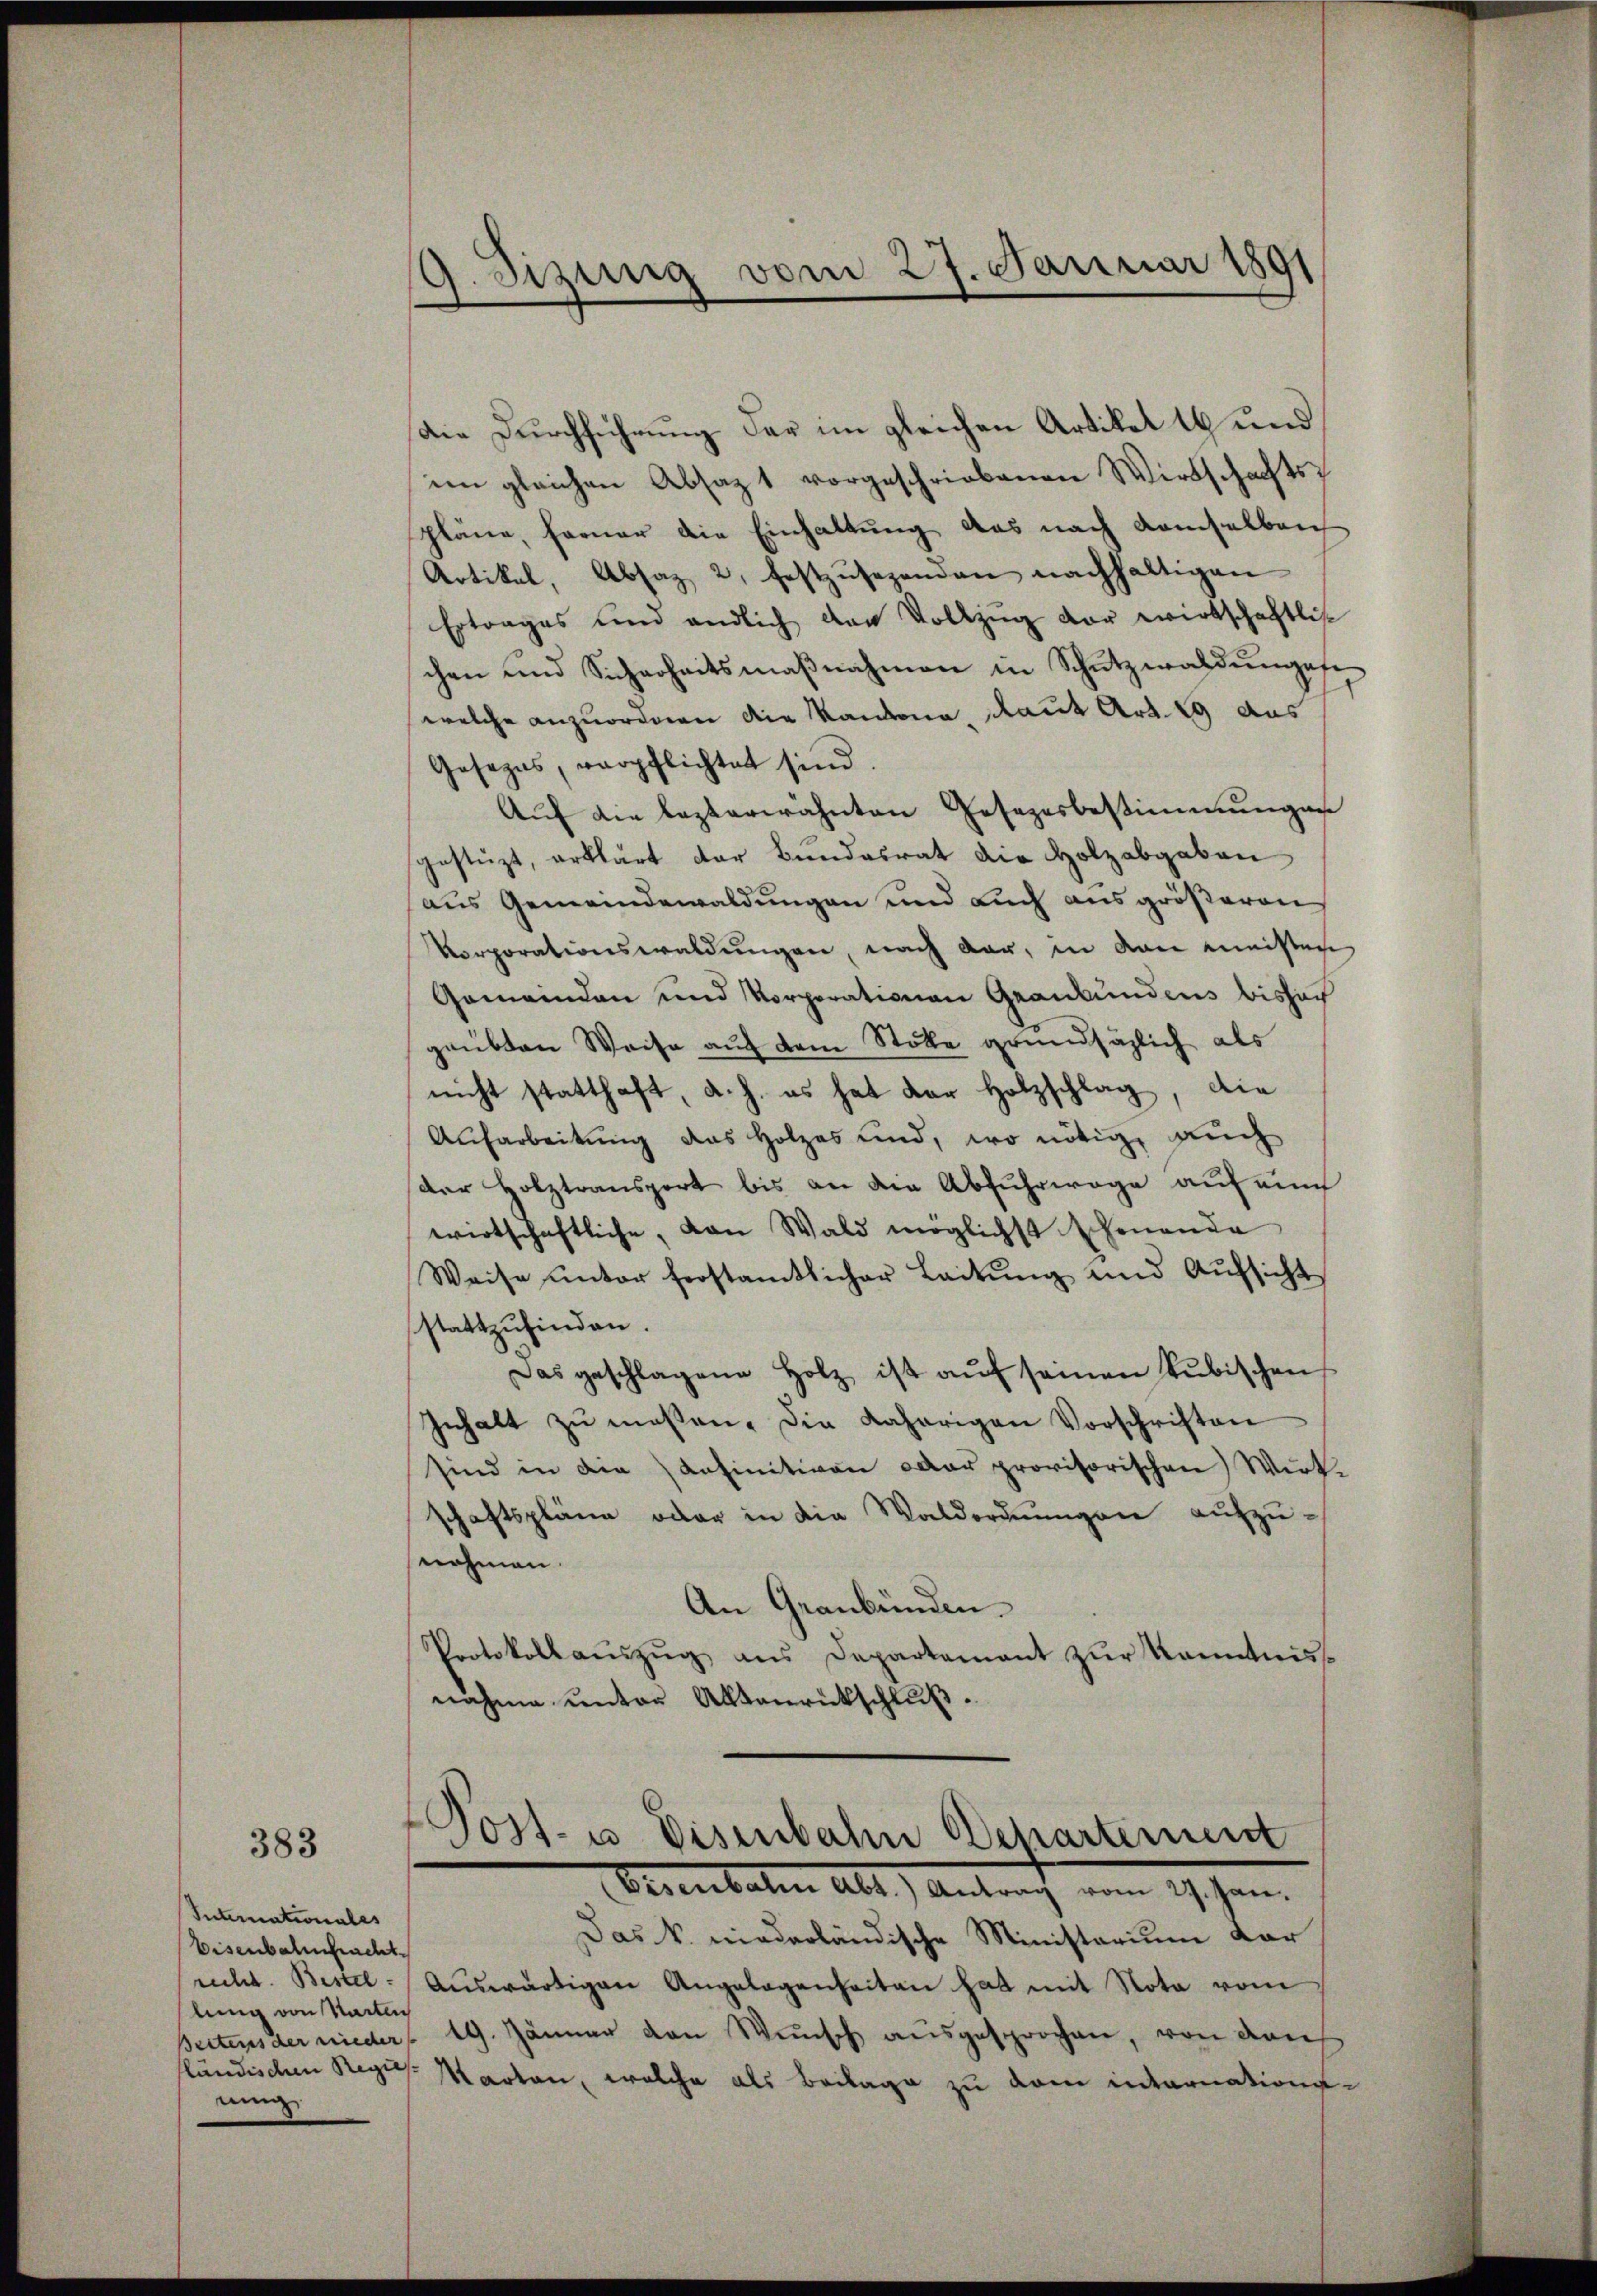
383

Internationales
Eisenbahnbracht
lung von Starten
ländischen Regie
rung

9. Sizung vom 27. Januar 1891

Die Durchführung der im gleichen Artikel 16 und
im gleichen Absatz 1 vorgeschriebenen Wirtschaftspläne, ferner die Einhaltung das nach demselben
Artikel, Absaz 2, festzŭsezenden nachhaltigen
Ertrages und endlich der Vollzŭg vor wirtschaftliche
chen und Sicherheitsmaβnahmen in Schutzwaldungese
welche anzuordnen die Kantone, draut Art. 29 aus
Gesezes, verpflichtet sind.
Auf die lezterwähnten Gesezesbestimmungen
gestüzt, erklärt der Bundesrat die Holzabgaben
aus Gemeindewaldungen und auch aus größeren
Vorporationswaldungen, nach dar, in den ministen
Gemeinden und Vorporationen Graubündens bishach
gaubten Weise auf dem Stolle grundsätzlich als
nicht statthaft, a. h. es hat der Holzschlag, die
Aufarbeitung das Holzes und, wo nötig, auch
der Holztransport bis an die Abfuhrwege auf ein
wirtschaftliche, von Wald möglichst schonende
Weise unter ferstamtlicher Leitŭng und Aŭfsicht
stattzufinden.
Das geschlagene Holz ist aŭf seinen Pŭbischen
Inhalt zŭ maßen. Die daherigen Vorschriften
sind in die anfinitiven der provisorischen Wirkschaftspläne oder in die Waldordnungen aufzunahmen.
An Graubünden.
Protokollaŭszŭg ans Departement zŭr Kenntnis
nahme unter Aktenrückschluß.

Post- u. Eisenbahn Departement
Ernenbahn als Antrach vom 19. Jan.

Das k. niederländische Ministerium dar
rucht. Bestel- Aŭswärtigen Angelegenheiten hat mit Nota vom
Beitens der nieder 19. Jänner von Wünsch ausgesprochen, von den
Karten, welche als Beilage zu dem internations-